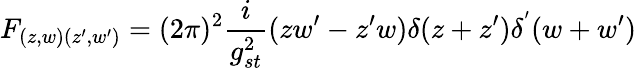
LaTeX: F_{(z,w)(z^{\prime},w^{\prime})}=(2\pi)^{2}\frac{i}{g_{st}^{2}}(zw^{\prime}-z^{\prime}w)\delta(z+z^{\prime})\delta^{'}(w+w^{\prime})